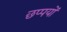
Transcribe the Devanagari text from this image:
छप्पयों